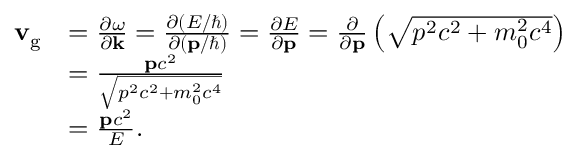
{ \begin{array} { r l } { \mathbf { v } _ { \mathrm { g } } } & { = { \frac { \partial \omega } { \partial \mathbf { k } } } = { \frac { \partial ( E / \hbar ) } { \partial ( \mathbf { p } / \hbar ) } } = { \frac { \partial E } { \partial \mathbf { p } } } = { \frac { \partial } { \partial \mathbf { p } } } \left( { \sqrt { p ^ { 2 } c ^ { 2 } + m _ { 0 } ^ { 2 } c ^ { 4 } } } \right) } \\ & { = { \frac { \mathbf { p } c ^ { 2 } } { \sqrt { p ^ { 2 } c ^ { 2 } + m _ { 0 } ^ { 2 } c ^ { 4 } } } } } \\ & { = { \frac { \mathbf { p } c ^ { 2 } } { E } } . } \end{array} }